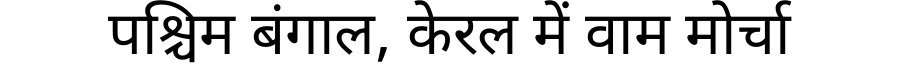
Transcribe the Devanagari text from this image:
पश्चिम बंगाल, केरल में वाम मोर्चा